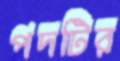
পদটির